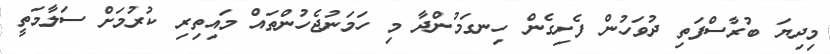
މިދިޔަ ބުރާސްފަތި ދުވަހުން ފެށިގެން ހިނގަމުންދާ މި ހަމަނުޖެހުންތައް މައިތިރި ކުރުމަށް ސަލާމަތީ